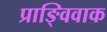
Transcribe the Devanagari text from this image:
प्राङ्विवाक